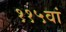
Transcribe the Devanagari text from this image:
११५वां